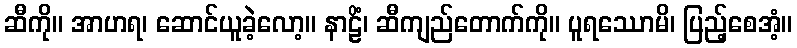
ဆီကို။ အာဟရ၊ ဆောင်ယူခဲ့လော့။ နာဠိံ၊ ဆီကျည်တောက်ကို။ ပူရဿောမိ၊ ပြည့်စေအံ့။